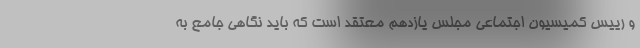
و رييس كميسيون اجتماعي مجلس يازدهم معتقد است كه بايد نگاهي جامع به